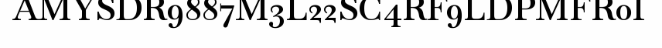
AMYSDR9887M3L22SC4RF9LDPMFR0I